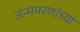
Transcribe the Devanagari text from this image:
जन्ममरणांच्या